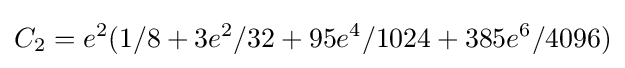
C_{2}=e^{2}(1/8+3e^{2}/32+95e^{4}/1024+385e^{6}/4096)